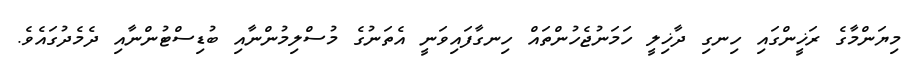
މިޔަންމާގެ ރަޚީންގައި ހިނގި ދާޚިލީ ހަމަނުޖެހުންތައް ހިނގާފައިވަނީ އެތަނުގެ މުސްލިމުންނާއި ބުޑިސްޓުންނާއި ދެމެދުގައެވެ.